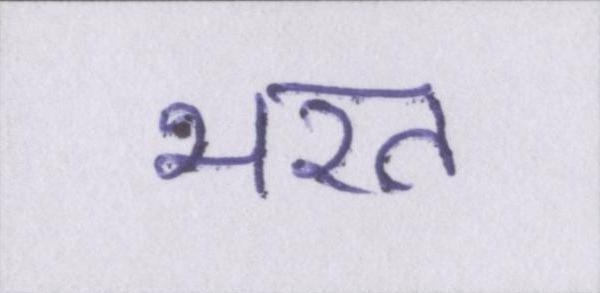
भरत